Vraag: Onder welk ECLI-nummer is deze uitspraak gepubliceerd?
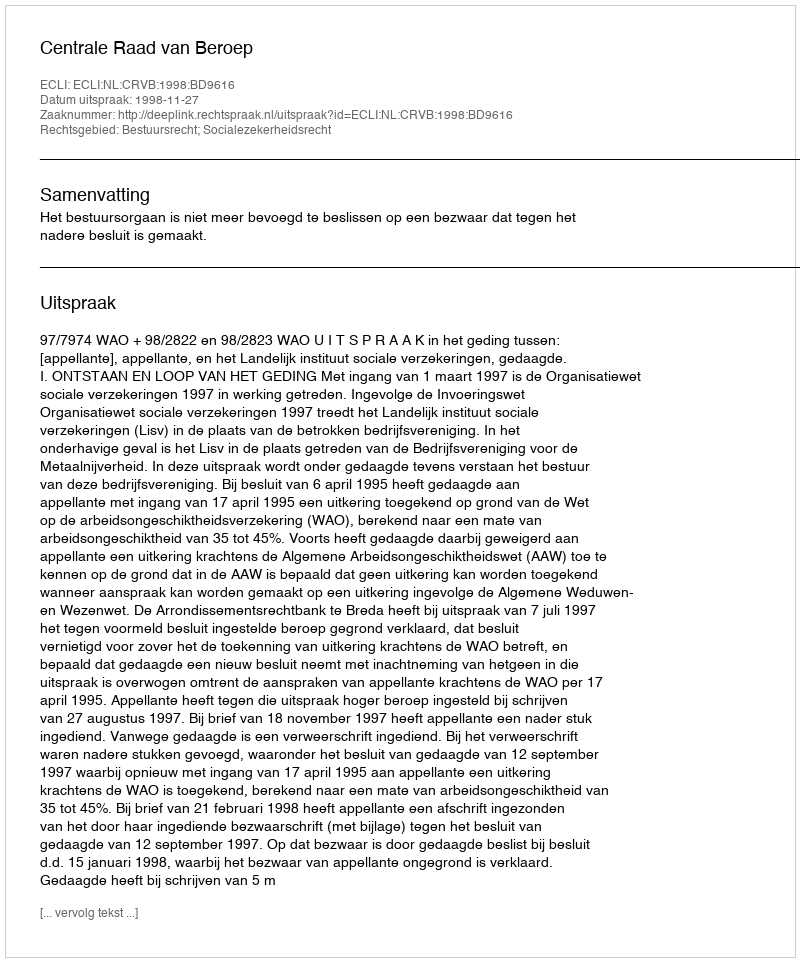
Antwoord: ECLI:NL:CRVB:1998:BD9616